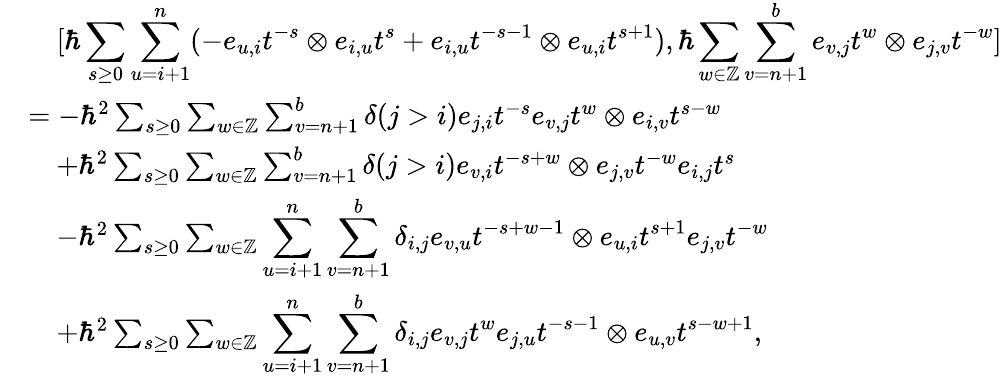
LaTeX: \begin{array}{rl}&{\quad[\hbar\displaystyle\sum_{s\geq 0}\displaystyle\sum_{u=i+1}^{n}(-e_{u,i}t^{-s}\otimes e_{i,u}t^{s}+e_{i,u}t^{-s-1}\otimes e_{u,i}t^{s+1}),\hbar\sum_{w\in\mathbb{Z}}\sum_{v=n+1}^{b}e_{v,j}t^{w}\otimes e_{j,v}t^{-w}]}\\ &{=-\hbar^{2}\sum_{s\geq 0}\sum_{w\in\mathbb{Z}}\sum_{v=n+1}^{b}\delta(j>i)e_{j,i}t^{-s}e_{v,j}t^{w}\otimes e_{i,v}t^{s-w}}\\ &{\quad+\hbar^{2}\sum_{s\geq 0}\sum_{w\in\mathbb{Z}}\sum_{v=n+1}^{b}\delta(j>i)e_{v,i}t^{-s+w}\otimes e_{j,v}t^{-w}e_{i,j}t^{s}}\\ &{\quad-\hbar^{2}\sum_{s\geq 0}\sum_{w\in\mathbb{Z}}\displaystyle\sum_{u=i+1}^{n}\sum_{v=n+1}^{b}\delta_{i,j}e_{v,u}t^{-s+w-1}\otimes e_{u,i}t^{s+1}e_{j,v}t^{-w}}\\ &{\quad+\hbar^{2}\sum_{s\geq 0}\sum_{w\in\mathbb{Z}}\displaystyle\sum_{u=i+1}^{n}\sum_{v=n+1}^{b}\delta_{i,j}e_{v,j}t^{w}e_{j,u}t^{-s-1}\otimes e_{u,v}t^{s-w+1},}\end{array}